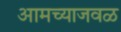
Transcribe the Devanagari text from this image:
आमच्याजवळ